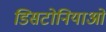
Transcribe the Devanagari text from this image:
डिसटोनियाओं